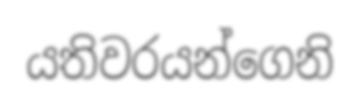
යතිවරයන්ගෙනි